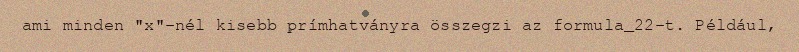
ami minden "x"-nél kisebb prímhatványra összegzi az formula_22-t. Például,